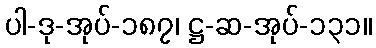
ပါ-ဒု-အုပ်-၁၈၇၊ ဋ္ဌ-ဆ-အုပ်-၁၃၁။